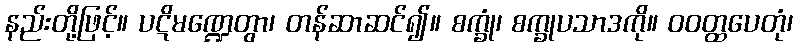
နည်းတို့ဖြင့်။ ပဋိမဏ္ဍေတွာ၊ တန်ဆာဆင်၍။ စက္ခုံ၊ စက္ခုပသာဒကို။ ဝဝတ္ထပေတုံ၊